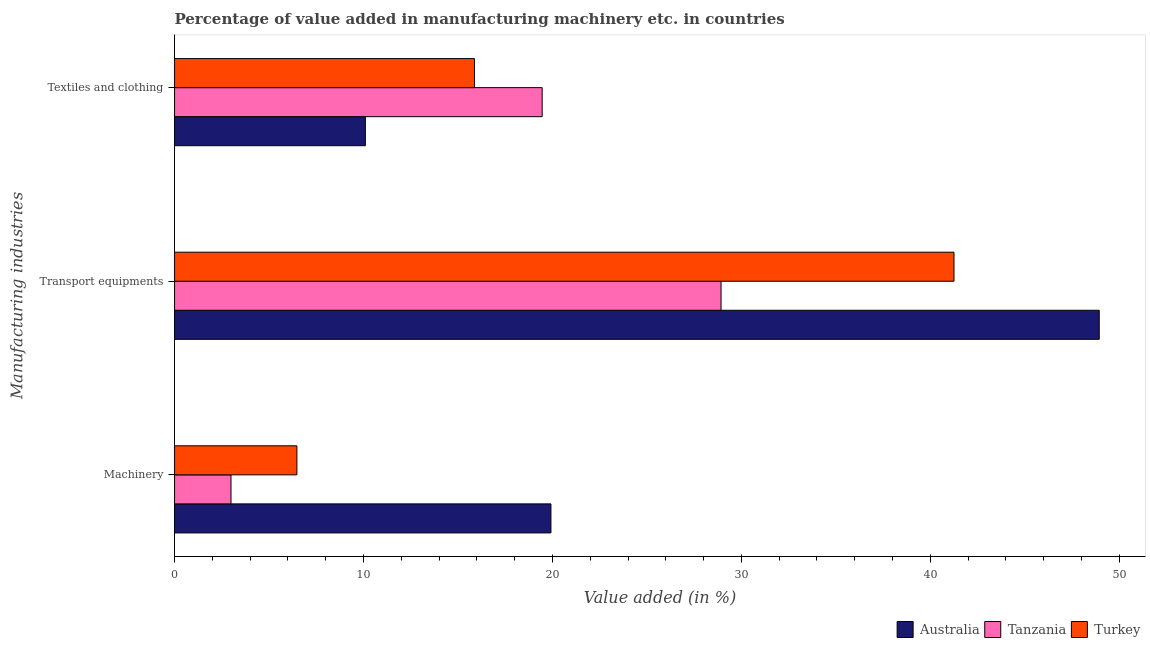
| Manufacturing industries | Australia | Tanzania | Turkey |
 | --- | --- | --- | --- |
 | Machinery | 19.9 | 2.99 | 6.48 |
 | Transport equipments | 48.9 | 28.9 | 41.3 |
 | Textiles and clothing | 10.1 | 19.5 | 15.9 |